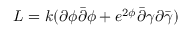
L = k ( \partial \phi \bar { \partial } \phi + e ^ { 2 \phi } \bar { \partial } \gamma \partial \bar { \gamma } )